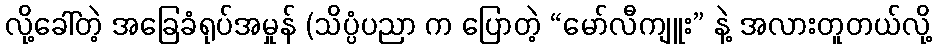
လို့ခေါ်တဲ့ အခြေခံရုပ်အမှုန် (သိပ္ပံပညာ က ပြောတဲ့ “မော်လီကျူး” နဲ့ အလားတူတယ်လို့